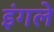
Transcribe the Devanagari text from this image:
इंगले